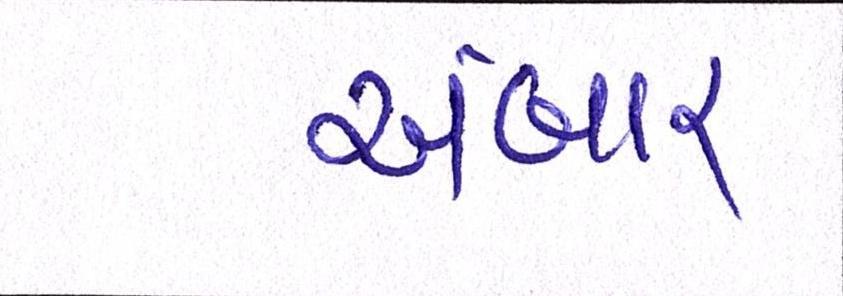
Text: અંબાર